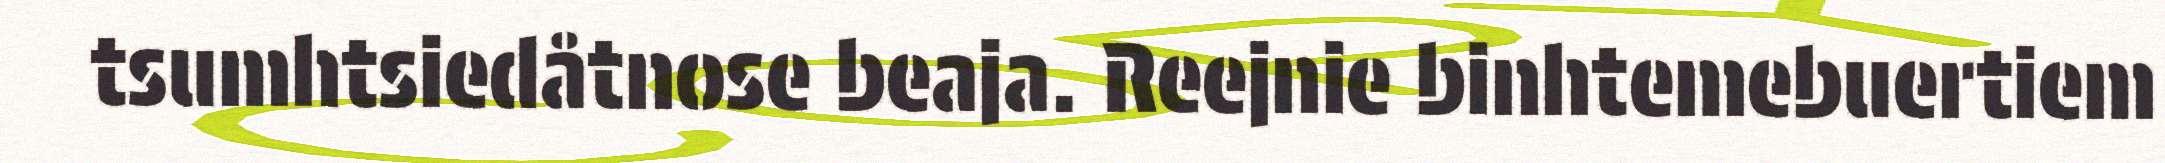
tsumhtsiedåtnose beaja. Reejnie binhtemebuertiem